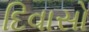
દિવાસો